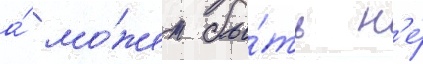
а́ мо́жет бы́ть н'е́